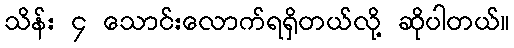
သိန်း ၄ သောင်းလောက်ရရှိတယ်လို့ ဆိုပါတယ်။